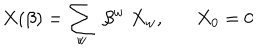
X ( \beta ) = \sum _ { w } \; \beta ^ { w } \; X _ { w } , X _ { 0 } = 0